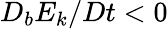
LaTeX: D_{b}E_{k}/Dt<0